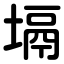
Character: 塥